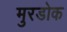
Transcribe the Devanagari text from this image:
मुरडोक